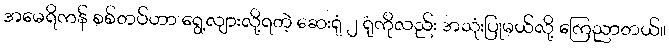
အမေရိကန် စစ်တပ်ဟာ ရွေ့လျားလို့ရတဲ့ ဆေးရုံ ၂ ရုံကိုလည်း အသုံးပြုမယ်လို့ ကြေညာတယ်။